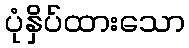
ပုံနှိပ်ထားသော